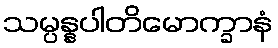
သမ္ပန္နပါတိမောက္ခာနံ